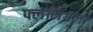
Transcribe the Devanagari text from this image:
फ्लेमिंगला